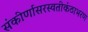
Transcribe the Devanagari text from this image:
संकीर्णासरस्वतीकंठाभरण